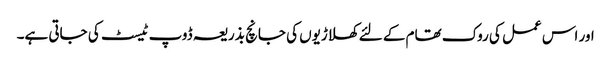
اور اس عمل کی روک تھام کے لئے کھلاڑیوں کی جانچ بذریعہ ڈوپ ٹیسٹ کی جاتی ہے۔